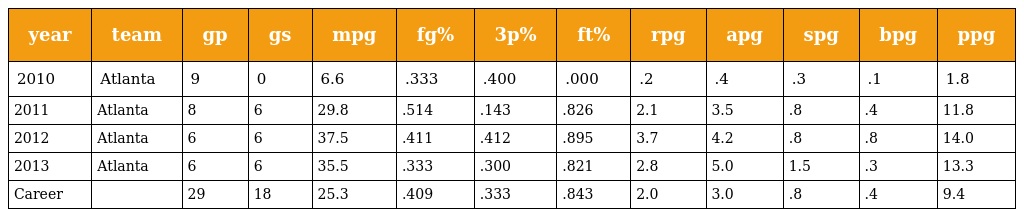
| year | team | gp | gs | mpg | fg% | 3p% | ft% | rpg | apg | spg | bpg | ppg |
 | --- | --- | --- | --- | --- | --- | --- | --- | --- | --- | --- | --- | --- |
 | 2010 | Atlanta | 9 | 0 | 6.6 | .333 | .400 | .000 | .2 | .4 | .3 | .1 | 1.8 |
 | 2011 | Atlanta | 8 | 6 | 29.8 | .514 | .143 | .826 | 2.1 | 3.5 | .8 | .4 | 11.8 |
 | 2012 | Atlanta | 6 | 6 | 37.5 | .411 | .412 | .895 | 3.7 | 4.2 | .8 | .8 | 14.0 |
 | 2013 | Atlanta | 6 | 6 | 35.5 | .333 | .300 | .821 | 2.8 | 5.0 | 1.5 | .3 | 13.3 |
 | Career |  | 29 | 18 | 25.3 | .409 | .333 | .843 | 2.0 | 3.0 | .8 | .4 | 9.4 |